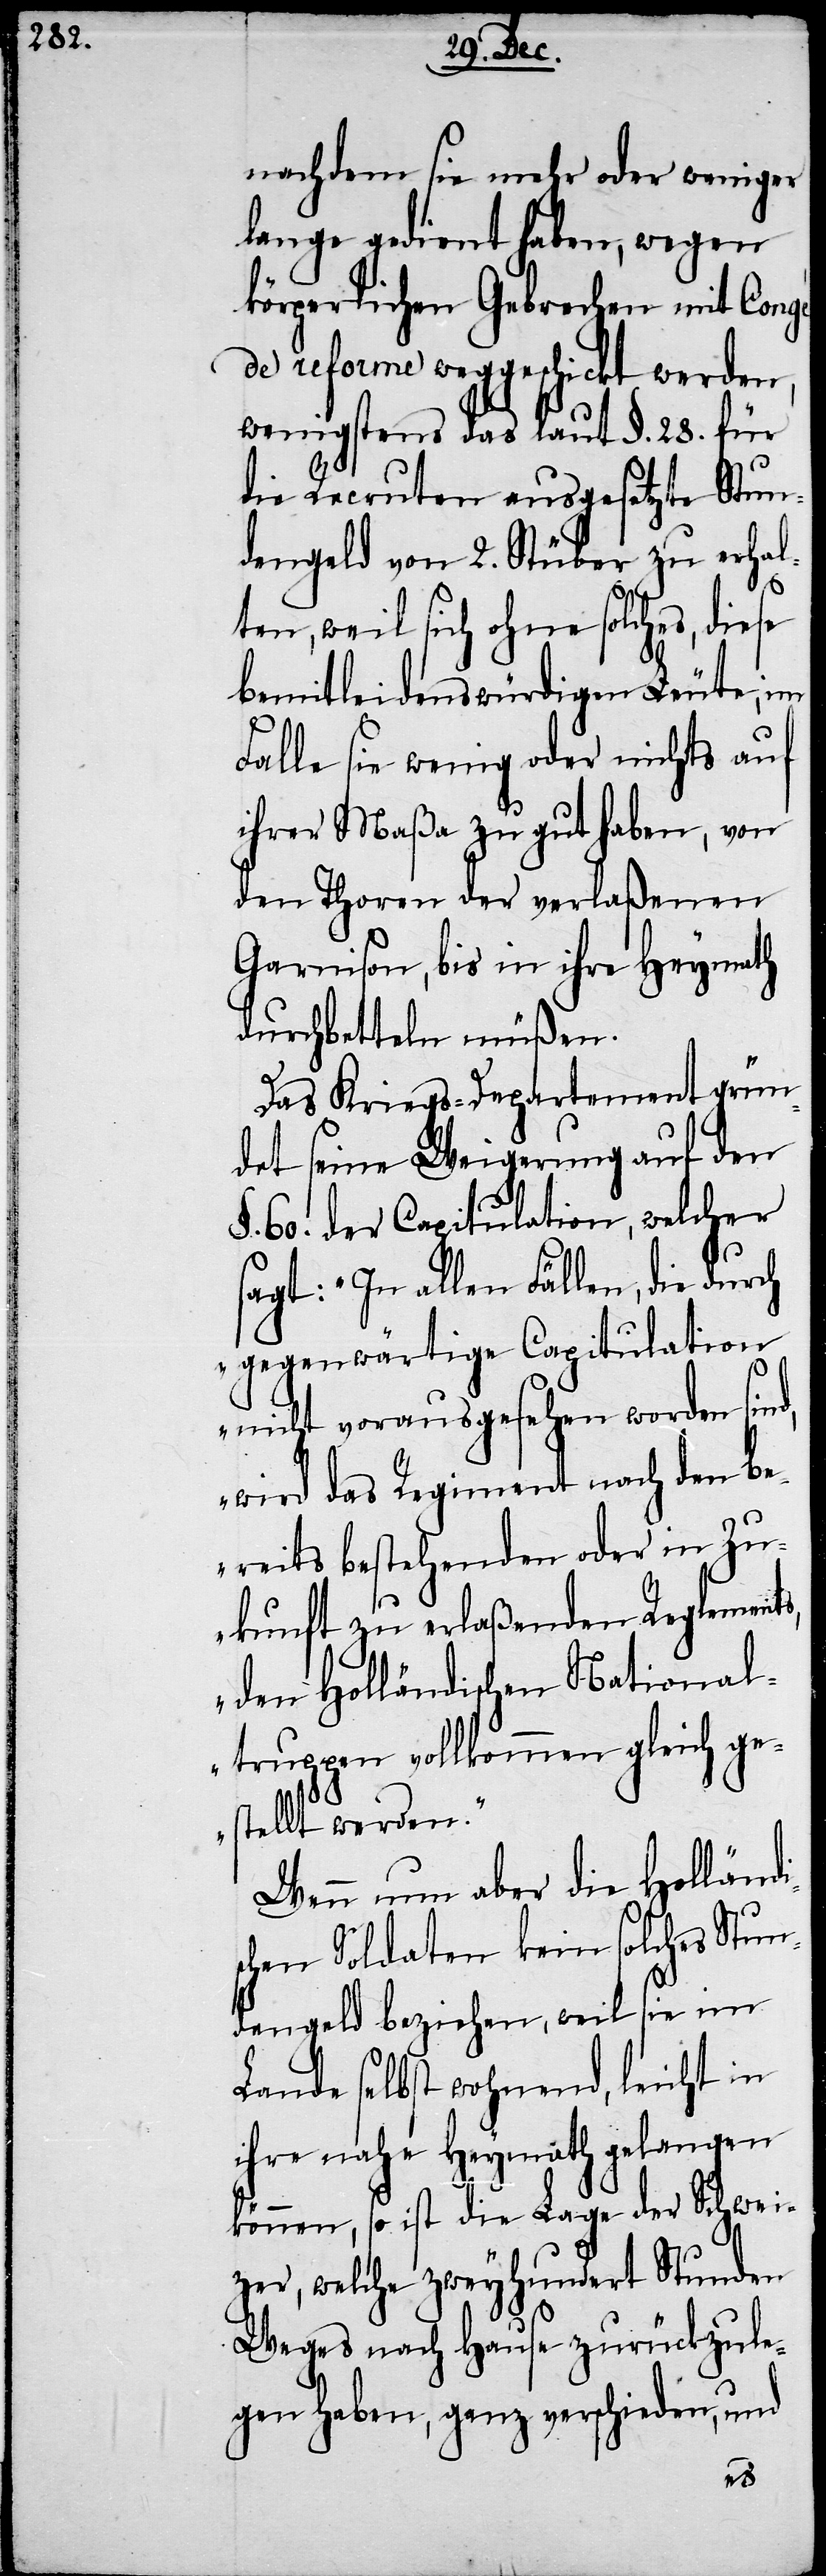
nachdem sie mehr oder weniger
lange gedient haben, wegen
körperlichen Gebrechen mit Congé
de reforme weggeschickt werden,
wenigstens das laut §. 28. für
die Recruten ausgesetzte Stun¬
dengeld von 2. Stüber zu erhal¬
ten, weil sich ohne solches, diese
bemitleidenswürdigen Leute, im
Falle sie wenig oder nichts auf
ihrer Maßa zu gut haben, von
den Thoren der verlaßenen
Garnison, bis in ihre Heymath
durchbetteln müßen.
Das Kriegs-Departement grün¬
det seine Weigerung auf den
§. 60. der Capitulation, welcher
sagt: „In allen Fällen, die durch
gegenwärtige Capitulation
nicht vorausgesehen worden sind,
wird das Regiment nach den be¬
reits bestehenden oder in Zu¬
kunft zu erlaßenden Reglements,
den Holländischen National¬
truppen vollkommen gleich ge¬
stellt werden.“
Wenn nun aber die Holländi¬
schen Soldaten kein solches Stun¬
dengeld beziehen, weil sie im
Lande selbst wohnend, leicht in
ihre nahe Heymath gelangen
können, so ist die Lage der Schwei¬
zer, welche zweyhundert Stunden
Weges nach Hause zurückzule¬
gen haben, ganz verschieden, und